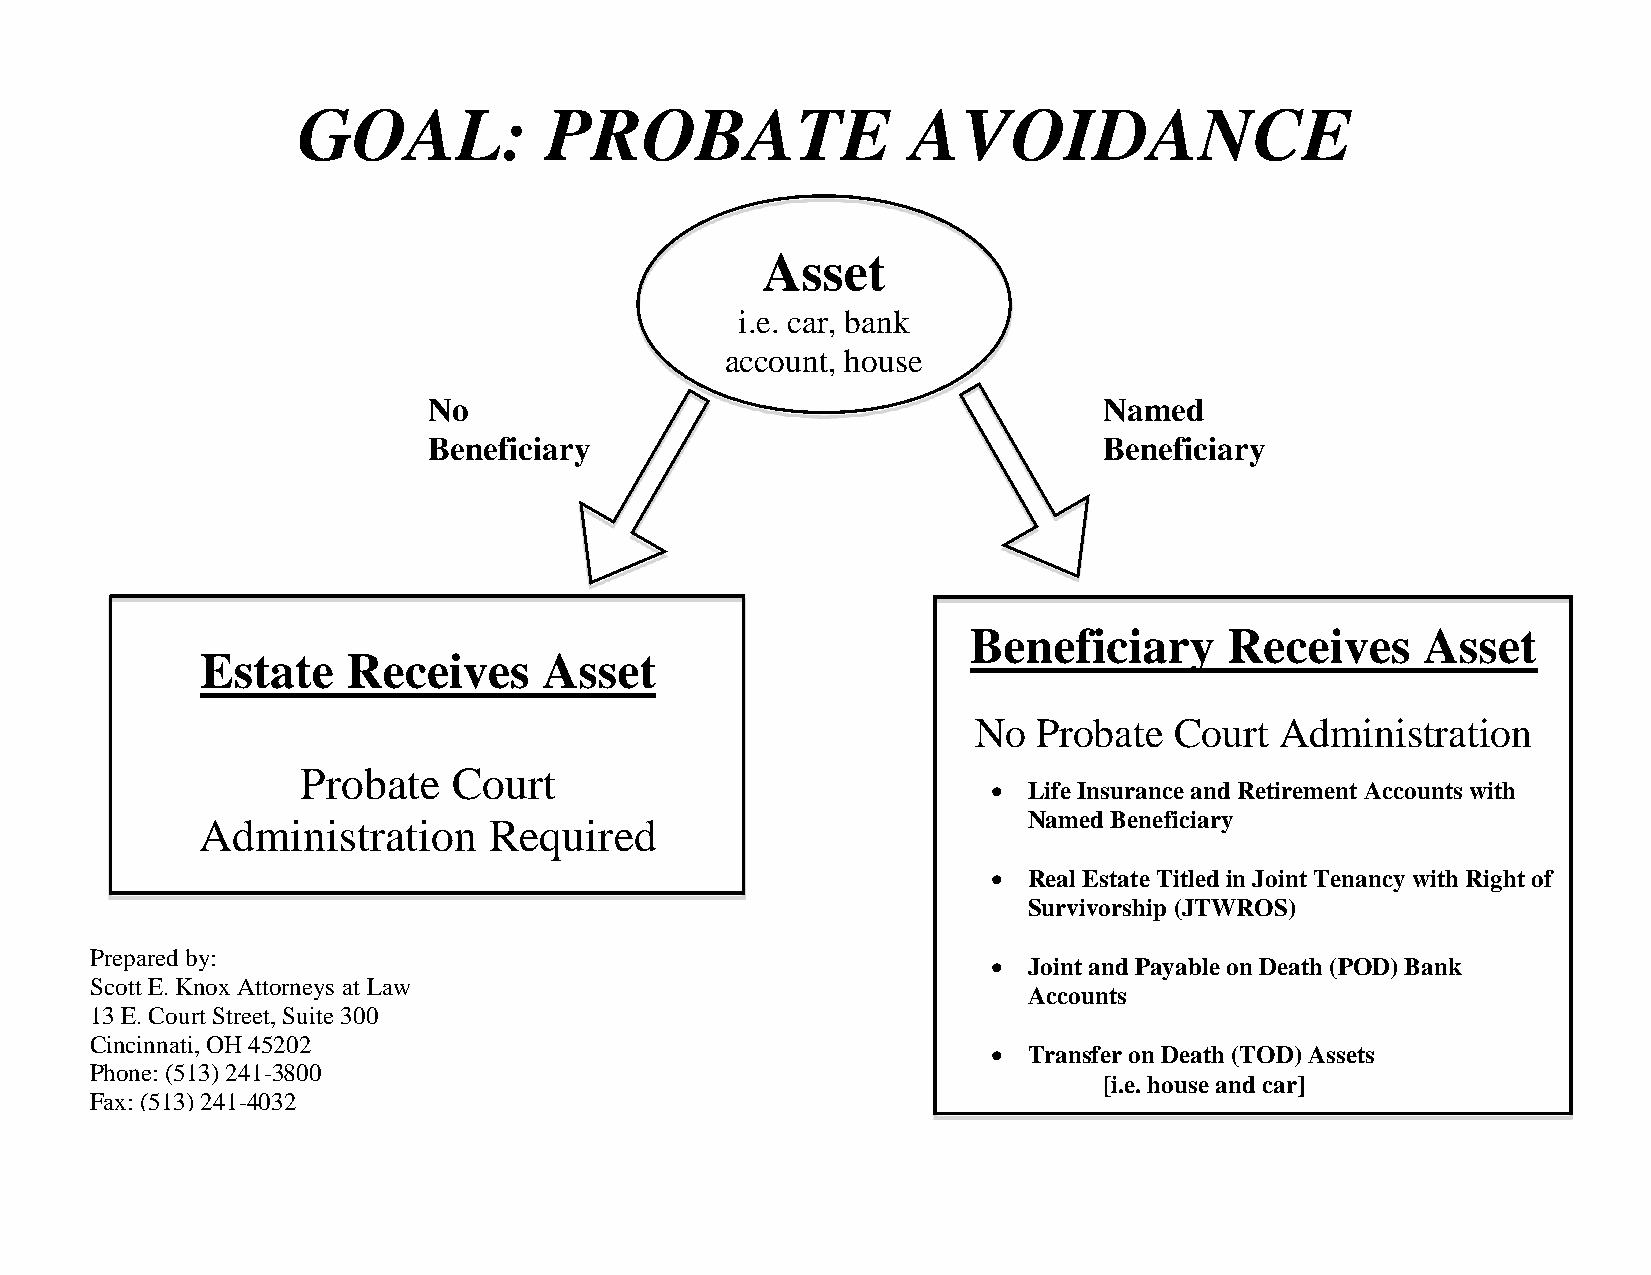
GOAL:           PROBATE                 AVOIDANCE
 Asset
 i.e. car, bank
 account, house
 No                                           Named
 Beneficiary                                  Beneficiary
 Beneficiary      Receives     Asset
 Estate    Receives     Asset
 No  Probate  Court  Administration
 Probate   Court
  Life Insurance and Retirement Accounts with
 Named Beneficiary
 Administration     Required
  Real Estate Titled in Joint Tenancy with Right of
 Survivorship (JTWROS)
 Prepared by:
  Joint and Payable on Death (POD) Bank
 Scott E. Knox Attorneys at Law
 Accounts
 13 E. Court Street, Suite 300
 Cincinnati, OH 45202
  Transfer on Death (TOD) Assets
 Phone: (513) 241-3800
 [i.e. house and car]
 Fax: (513) 241-4032